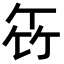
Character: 𥫧